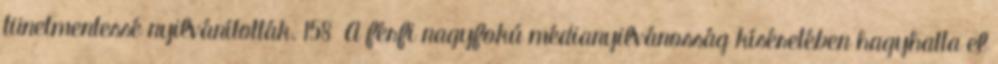
tünetmentessé nyilvánították. 158 A férfi nagyfokú médianyilvánosság kíséretében hagyhatta el